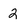
Character: 2